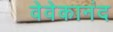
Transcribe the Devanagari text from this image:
वेवेकानंद